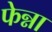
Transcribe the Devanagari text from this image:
फेन्ना